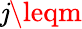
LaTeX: \mathit{j}\leqm